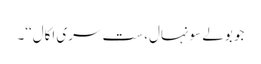
جو بولے سونہال، ست سری اکال‘‘۔